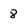
Character: 8